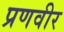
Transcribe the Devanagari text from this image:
प्रणवीर